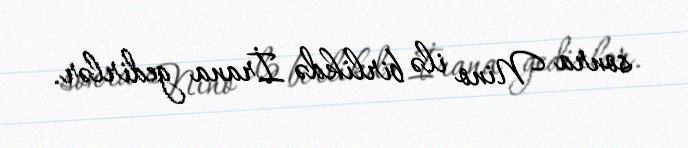
sonra Nino ilə birlikdə İrana gedirlər.